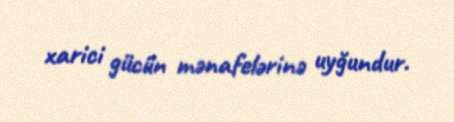
xarici gücün mənafelərinə uyğundur.